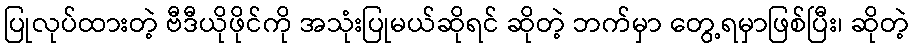
ပြုလုပ်ထားတဲ့ ဗီဒီယိုဖိုင်ကို အသုံးပြုမယ်ဆိုရင် ဆိုတဲ့ ဘက်မှာ တွေ့ရမှာဖြစ်ပြီး၊ ဆိုတဲ့